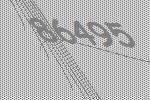
86495